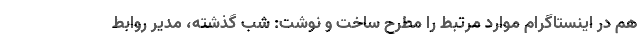
هم در اینستاگرام موارد مرتبط را مطرح ساخت و نوشت: شب گذشته، مدیر روابط